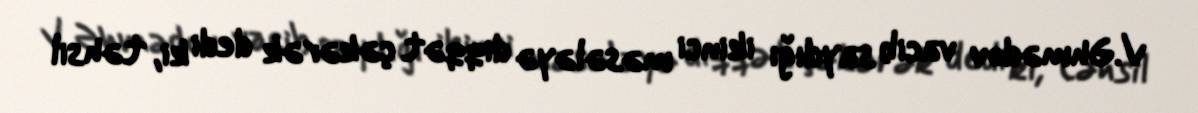
V.Əhmədov vacib saydığı ikinci məsələyə diqqət çəkərək dedi ki, təhsil